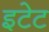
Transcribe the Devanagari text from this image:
इटेट